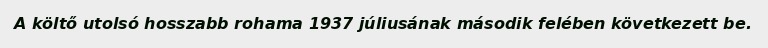
A költő utolsó hosszabb rohama 1937 júliusának második felében következett be.